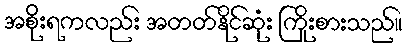
အစိုးရကလည်း အတတ်နိုင်ဆုံး ကြိုးစားသည်။